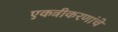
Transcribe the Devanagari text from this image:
एकत्रीकरणांचे